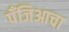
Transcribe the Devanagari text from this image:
पँजिआचा